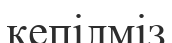
кепілміз